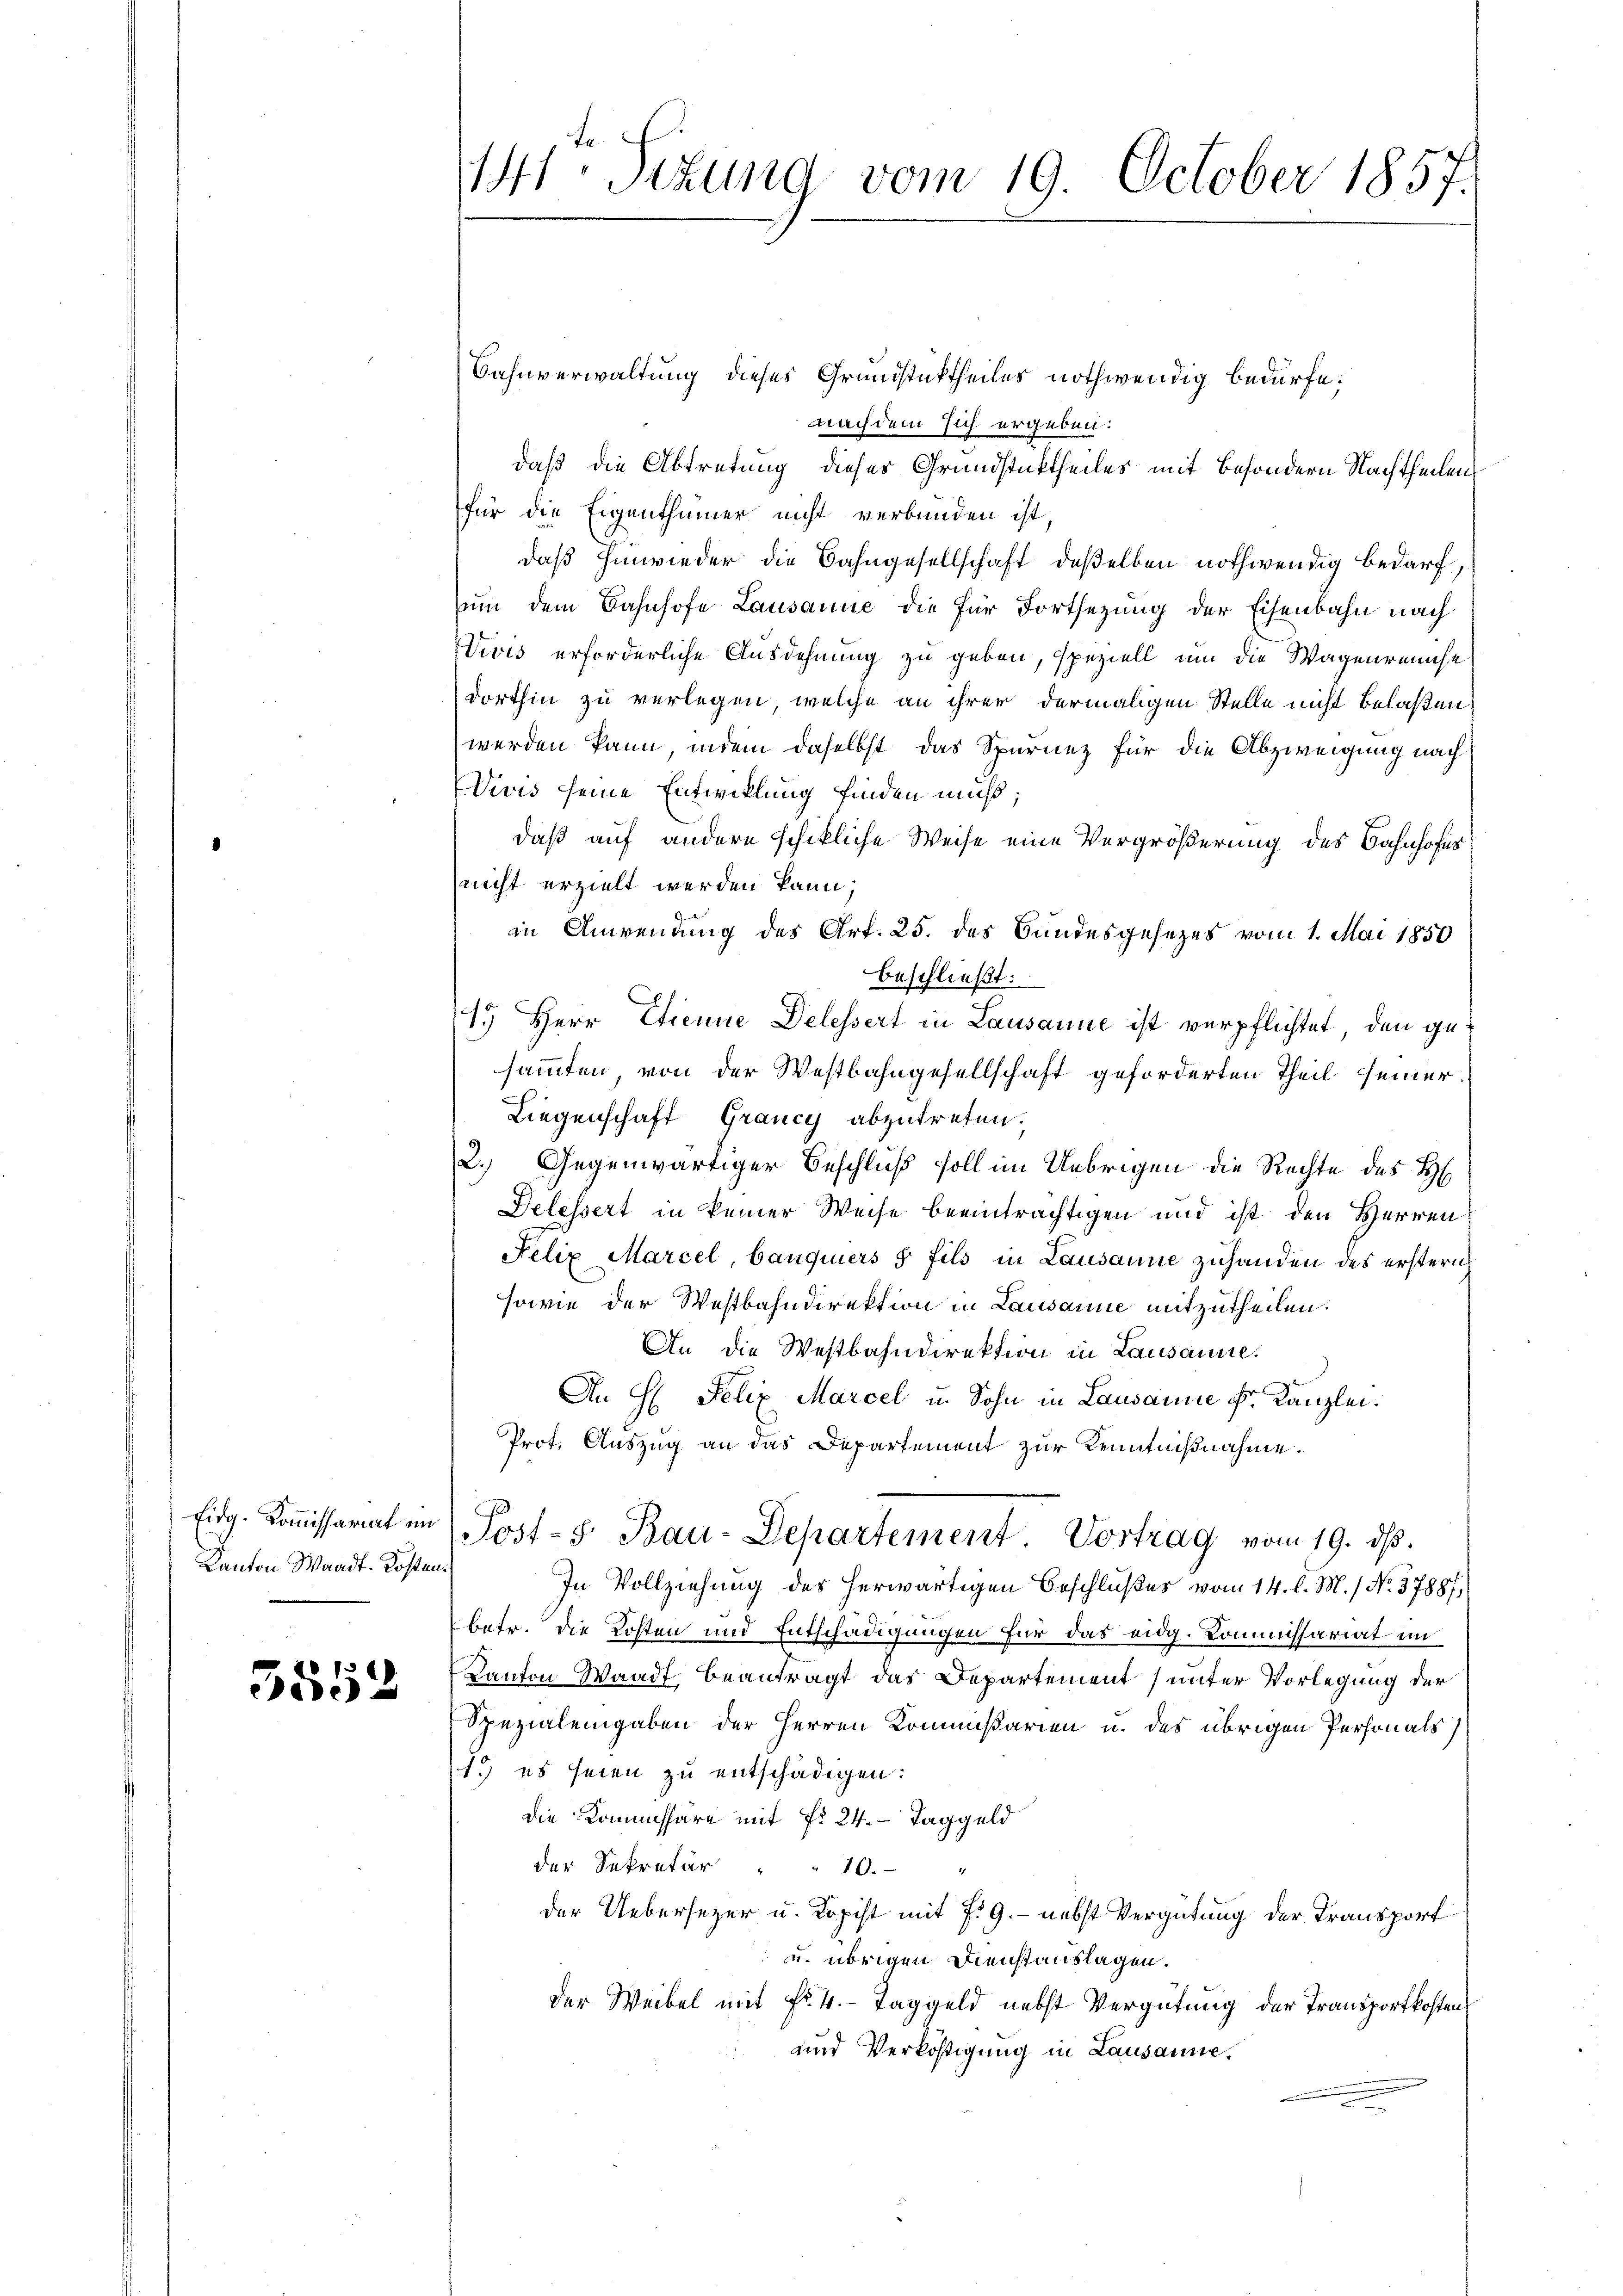
Eidg. Kommissariat im
Kanton Waadt. Kosten,

3852

141. Sitzung vom 19. October 1857.

Bahnverwaltung dieses Grundsticktheiles nothwendig bedürfe.
nachdem sich ergeben:
daß die Abtretung dieses Grundstüktheiles mit besondern Nachtheilen
für die Eigenthümer nicht verbunden ist
daß hinwieder die Bahngesellschaft deßelben nothwendig bedarf,
vun dem Bahnhofe Lausanne die für Fortsezung der Eisenbahn nach
Wivis erforderliche Ausdehnung zu geben, speziell um die Wagenreinse
dorthin zu verlegen, welche an ihrer dermaligen Stelle nicht belaßen
werden kann, indem daselbst das Spurnez für die Abzweigung nach
Divis seine Entwicklung finden muß;
daß auf andere schikliche Weise eine Vergrößerung des Bahnhofer
nicht erzielt werden kann.
in Anwendung des Art. 25. des Bundesgesezes vom 1. Mai 1850
beschließt:
1.) Herr Etienne Delessert in Lausanne ist verpflichtet, den gesammten von der Westbahngesellschaft geforderten Theil seiner
Liegenschaft Grancy abzutreten.
2.) Gegenwärtiger Beschluß soll im Uebrigen die Rechte des H
Delessert in keiner Weise beeinträchtigen und ist den Herren
Felix Marcel, Canquiers s fils in Lausanne zuhanden des erstern
sowie der Westbahndirektion in Lausanne mitzutheilen.
An die Westbahndirektion in Lausanne.
An H. Felix Marcel u. Sohn in Lausanne Fr. Kanzlei.
Prot. Auszug an das Departement zur Kenntnißnahme.
Post-5 Bau-Departement Vortrag vom 19. dβ.
In Vollziehung des herwärtigen Beschlußes vom 14. l. M. / No. 37887,
betr. die Kosten und Entschädigungen für das eidg. Kommissariat im
Kanton Waadt, beantragt das Departement unter Vorlegung der
Spezialengaben der Herren Kommissarien u. des übrigen Personals
19 es seien zu entschädigen:
die Kommissäre mit Fr. 24. Taggeld
der Sekretär " " 10.
der Uebersezer u. Kopist mit §. 9.- nebst Vergütung der Transport
u. übrigen Dienstauslagen.
der Weibel mit Fr. 4. Taggeld nebst Vergütung der Transportkosten
und Verköstigung in Lausanne.